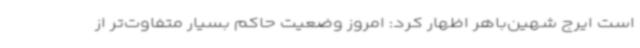
است ایرج شهین‌باهر اظهار کرد: امروز وضعیت حاکم بسیار متفاوت‌تر از